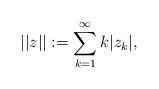
LaTeX: \begin{align*}||z||:=\sum_{k=1}^{\infty} k|z_k|,\end{align*}